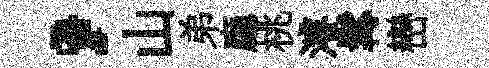
，山弟廳桃濬髯巒